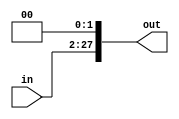
module shift_left_2 (
    input   wire[25:0]  in,
    output  wire[27:0]  out
);

assign out = {in, 2'b0};

endmodule